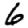
Digit: 6